Leaving Certificate Examination (including Day School Certificate (Higher) General paper), 1937
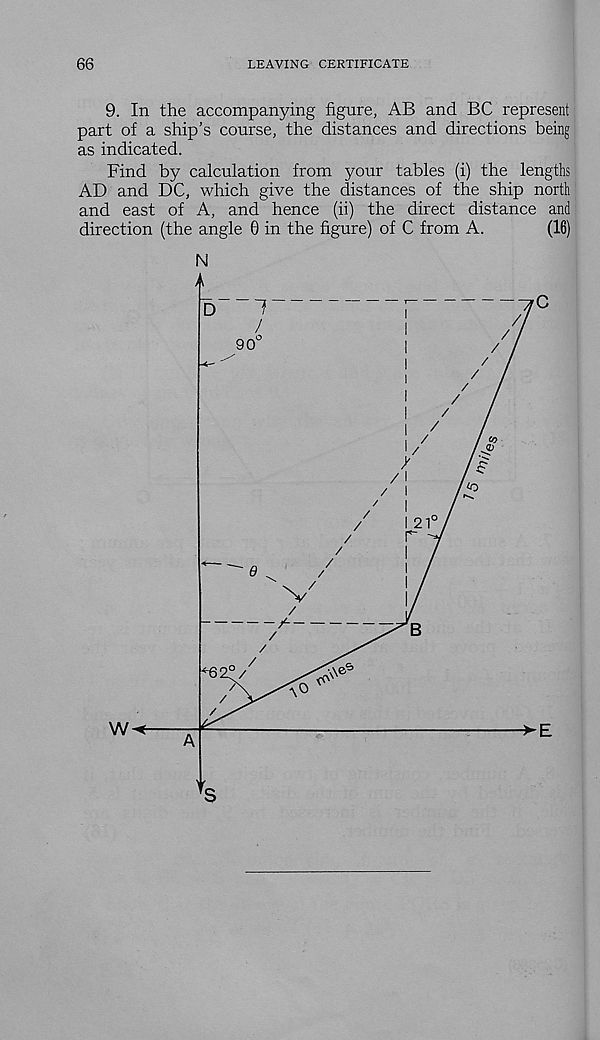
66
LEAVING CERTIFICATE
9. In the accompanying figure, AB and BC represent
part of a ship’s course, the distances and directions being
as indicated.
Find by calculation from your tables (i) the lengths
AD and DC, which give the distances of the ship north
and east of A, and hence (ii) the direct distance and
direction (the angle 6 in the figure) of C from A.
(16)
N